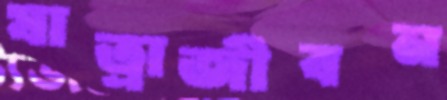
যাত্রাজীবন